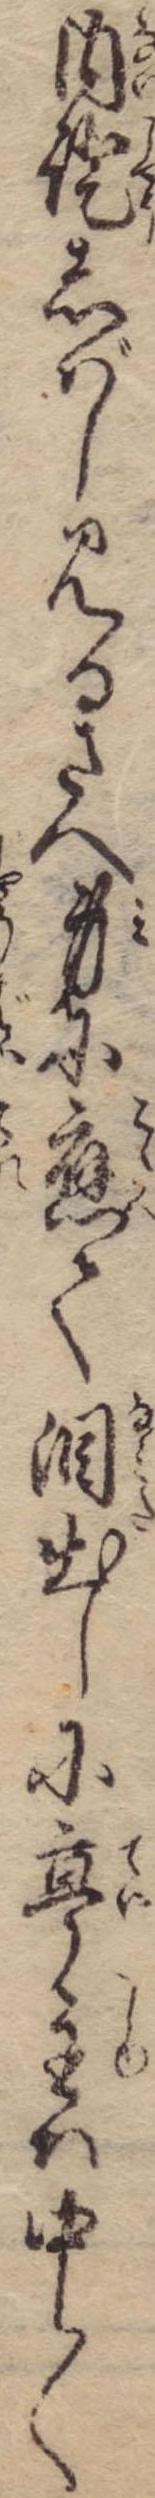
内証しばし見るさへ身に応て涙出しに亭主は中〱